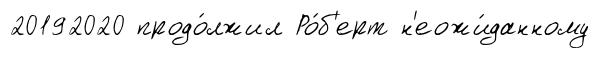
20192020 продо́лжил Ро́б'ерт н'еожи́данному